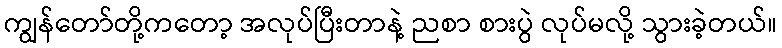
ကျွန်တော်တို့ကတော့ အလုပ်ပြီးတာနဲ့ ညစာ စားပွဲ လုပ်မလို့ သွားခဲ့တယ်။